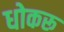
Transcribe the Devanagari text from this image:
धोकरू